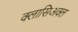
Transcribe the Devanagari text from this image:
क्लासिअक्ल